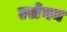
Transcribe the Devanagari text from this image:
एलेगन